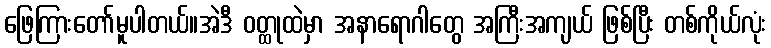
ဖြေကြားတော်မူပါတယ်။အဲဒီ ဝတ္ထုထဲမှာ အနာရောဂါတွေ အကြီးအကျယ် ဖြစ်ပြီး တစ်ကိုယ်လုံး